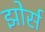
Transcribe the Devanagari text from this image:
झोर्स